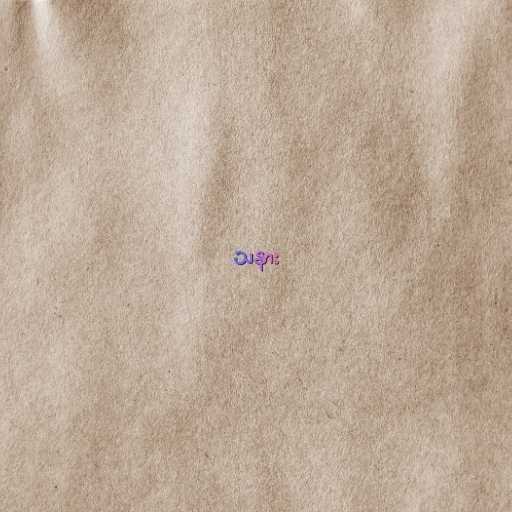
သနား